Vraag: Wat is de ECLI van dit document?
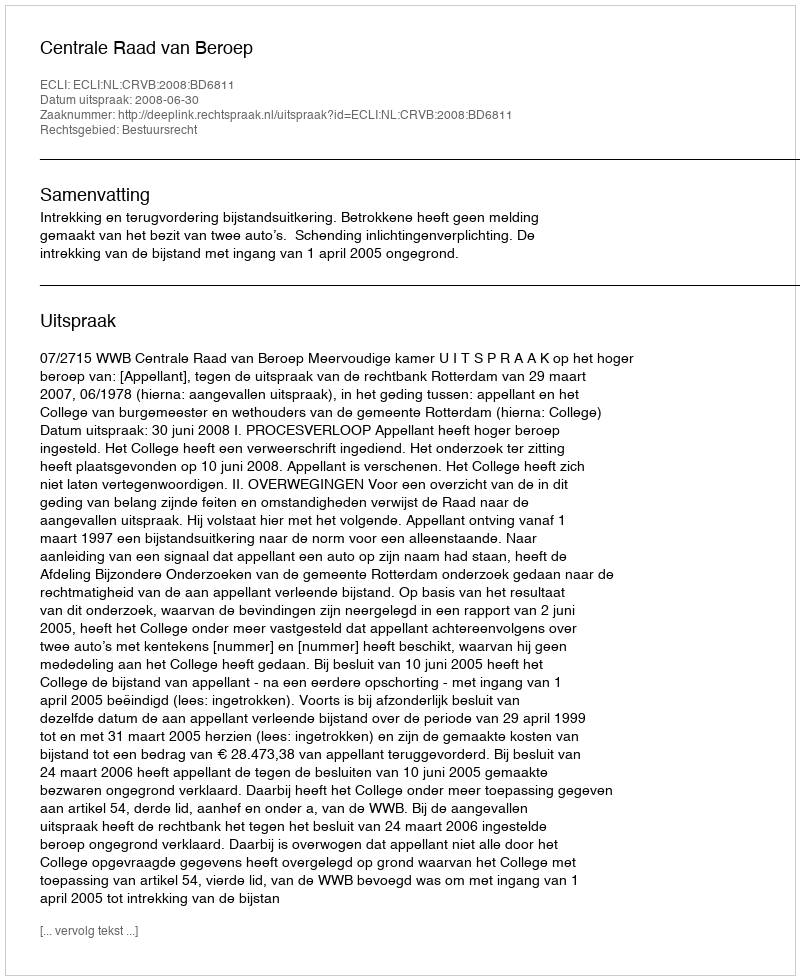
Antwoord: ECLI:NL:CRVB:2008:BD6811